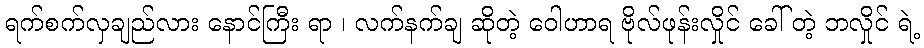
ရက်စက်လှချည်လား နောင်ကြီး ရာ ၊ လက်နက်ချ ဆိုတဲ့ ဝေါဟာရ ဗိုလ်ဖုန်းလှိုင် ခေါ် တဲ့ ဘလှိုင် ရဲ့